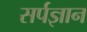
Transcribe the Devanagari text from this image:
सर्पज्ञान